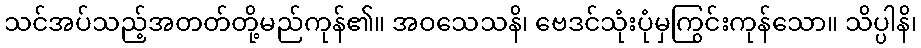
သင်အပ်သည့်အတတ်တို့မည်ကုန်၏။ အဝသေသနိ၊ ဗေဒင်သုံးပုံမှကြွင်းကုန်သော။ သိပ္ပါနိ၊